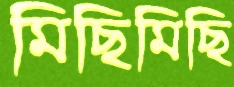
মিছিমিছি